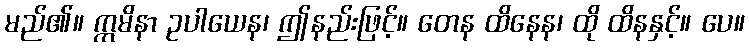
မည်၏။ ဣမိနာ ဥပါယေန၊ ဤနည်းဖြင့်။ တေန ထိနေန၊ ထို ထိနနှင့်။ ပေ။